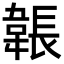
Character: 韔